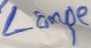
Text: Lampe